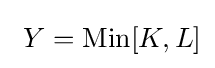
\ Y={\text{Min}}[K,L]